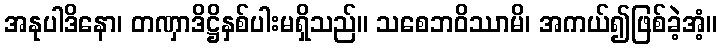
အနုပါဒိနော၊ တဏှာဒိဋ္ဌိနှစ်ပါးမရှိသည်။ သစေဘဝိဿာမိ၊ အကယ်၍ဖြစ်ခဲ့အံ့။